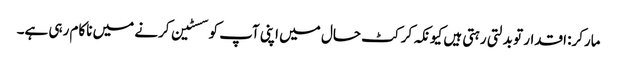
مارکر: اقدار تو بدلتی رہتی ہیں کیونکہ کرکٹ حال میں اپنی آپ کو سسٹین کرنے میں ناکام رہی ہے۔